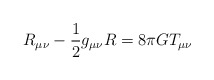
\begin{align*}R_{\mu \nu }-\frac{1}{2}g_{\mu \nu}R=8\pi GT_{\mu \nu}\end{align*}